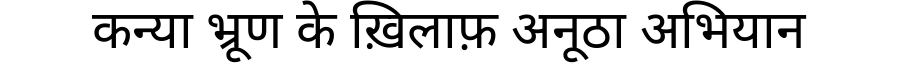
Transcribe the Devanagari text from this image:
कन्या भ्रूण के ख़िलाफ़ अनूठा अभियान